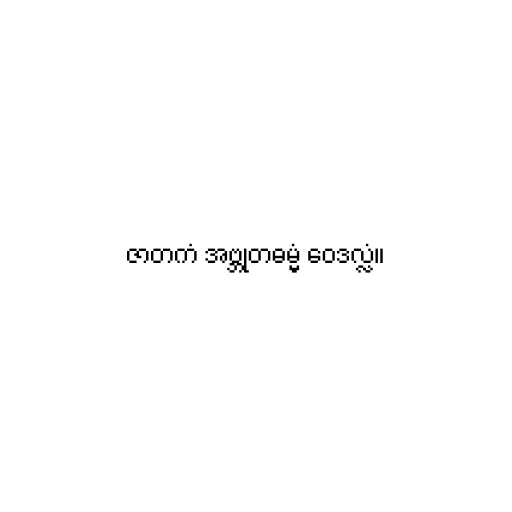
ဇာတကံ အဗ္ဘုတဓမ္မံ ဝေဒလ္လံ။